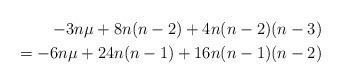
LaTeX: \begin{align*}-3n\mu +8n(n-2)+4n(n-2)(n-3)\\=-6n\mu +24n(n-1)+16n(n-1)(n-2)\end{align*}